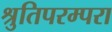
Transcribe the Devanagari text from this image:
श्रुतिपरम्परा